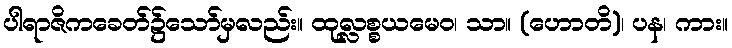
ပါရာဇိကခေတ်၌သော်မှလည်း။ ထုလ္လစ္စယမေဝ၊ သာ။ (ဟောတိ)၊ ပန၊ ကား။